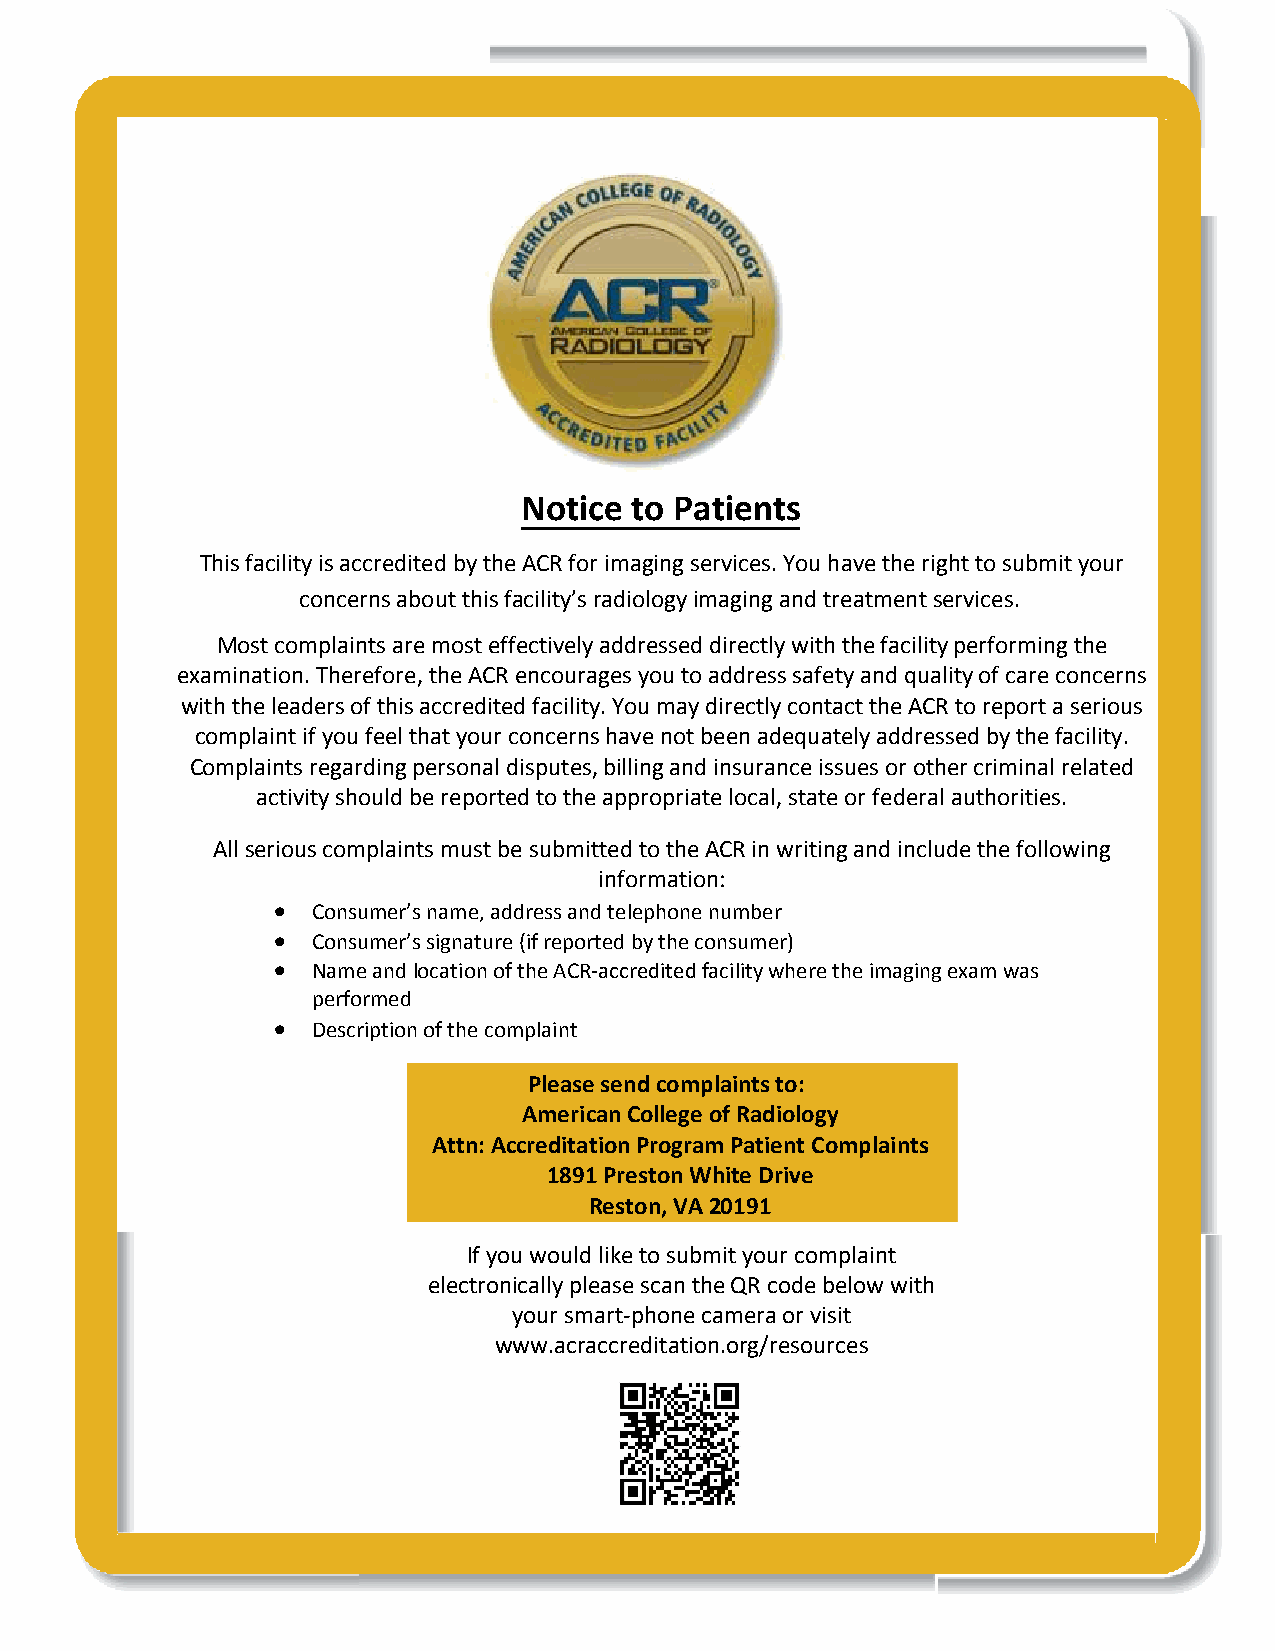
Notice  to Patients
 This facility is accredited by the ACR for imaging services. You have the right to submit your
 concerns about this facility’s radiology imaging and treatment services.
 Most complaints are most effectively addressed directly with the facility performing the
 examination. Therefore, the ACR encourages you to address safety and quality of care concerns
 with the leaders of this accredited facility. You may directly contact the ACR to report a serious
 complaint if you feel that your concerns have not been adequately addressed by the facility.
 Complaints regarding personal disputes, billing and insurance issues or other criminal related
 activity should be reported to the appropriate local, state or federal authorities.
 All serious complaints must be submitted to the ACR in writing and include the following
 information:
   Consumer’s name, address and telephone number
   Consumer’s signature (if reported by the consumer)
   Name and location of the ACR-accredited facility where the imaging exam was
 performed
   Description of the complaint
 Ple ase send complaints to:
 American College of Radiology
 Attn: Accreditation Program Patient Complaints
 1891 Preston White Drive
 Reston, VA 20191
 If you would like to submit your complaint
 electronically please scan the QR code below with
 your smart-phone camera or visit
 www.acraccreditation.org/resources